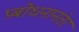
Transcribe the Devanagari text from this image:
प्रबोधनानंतर